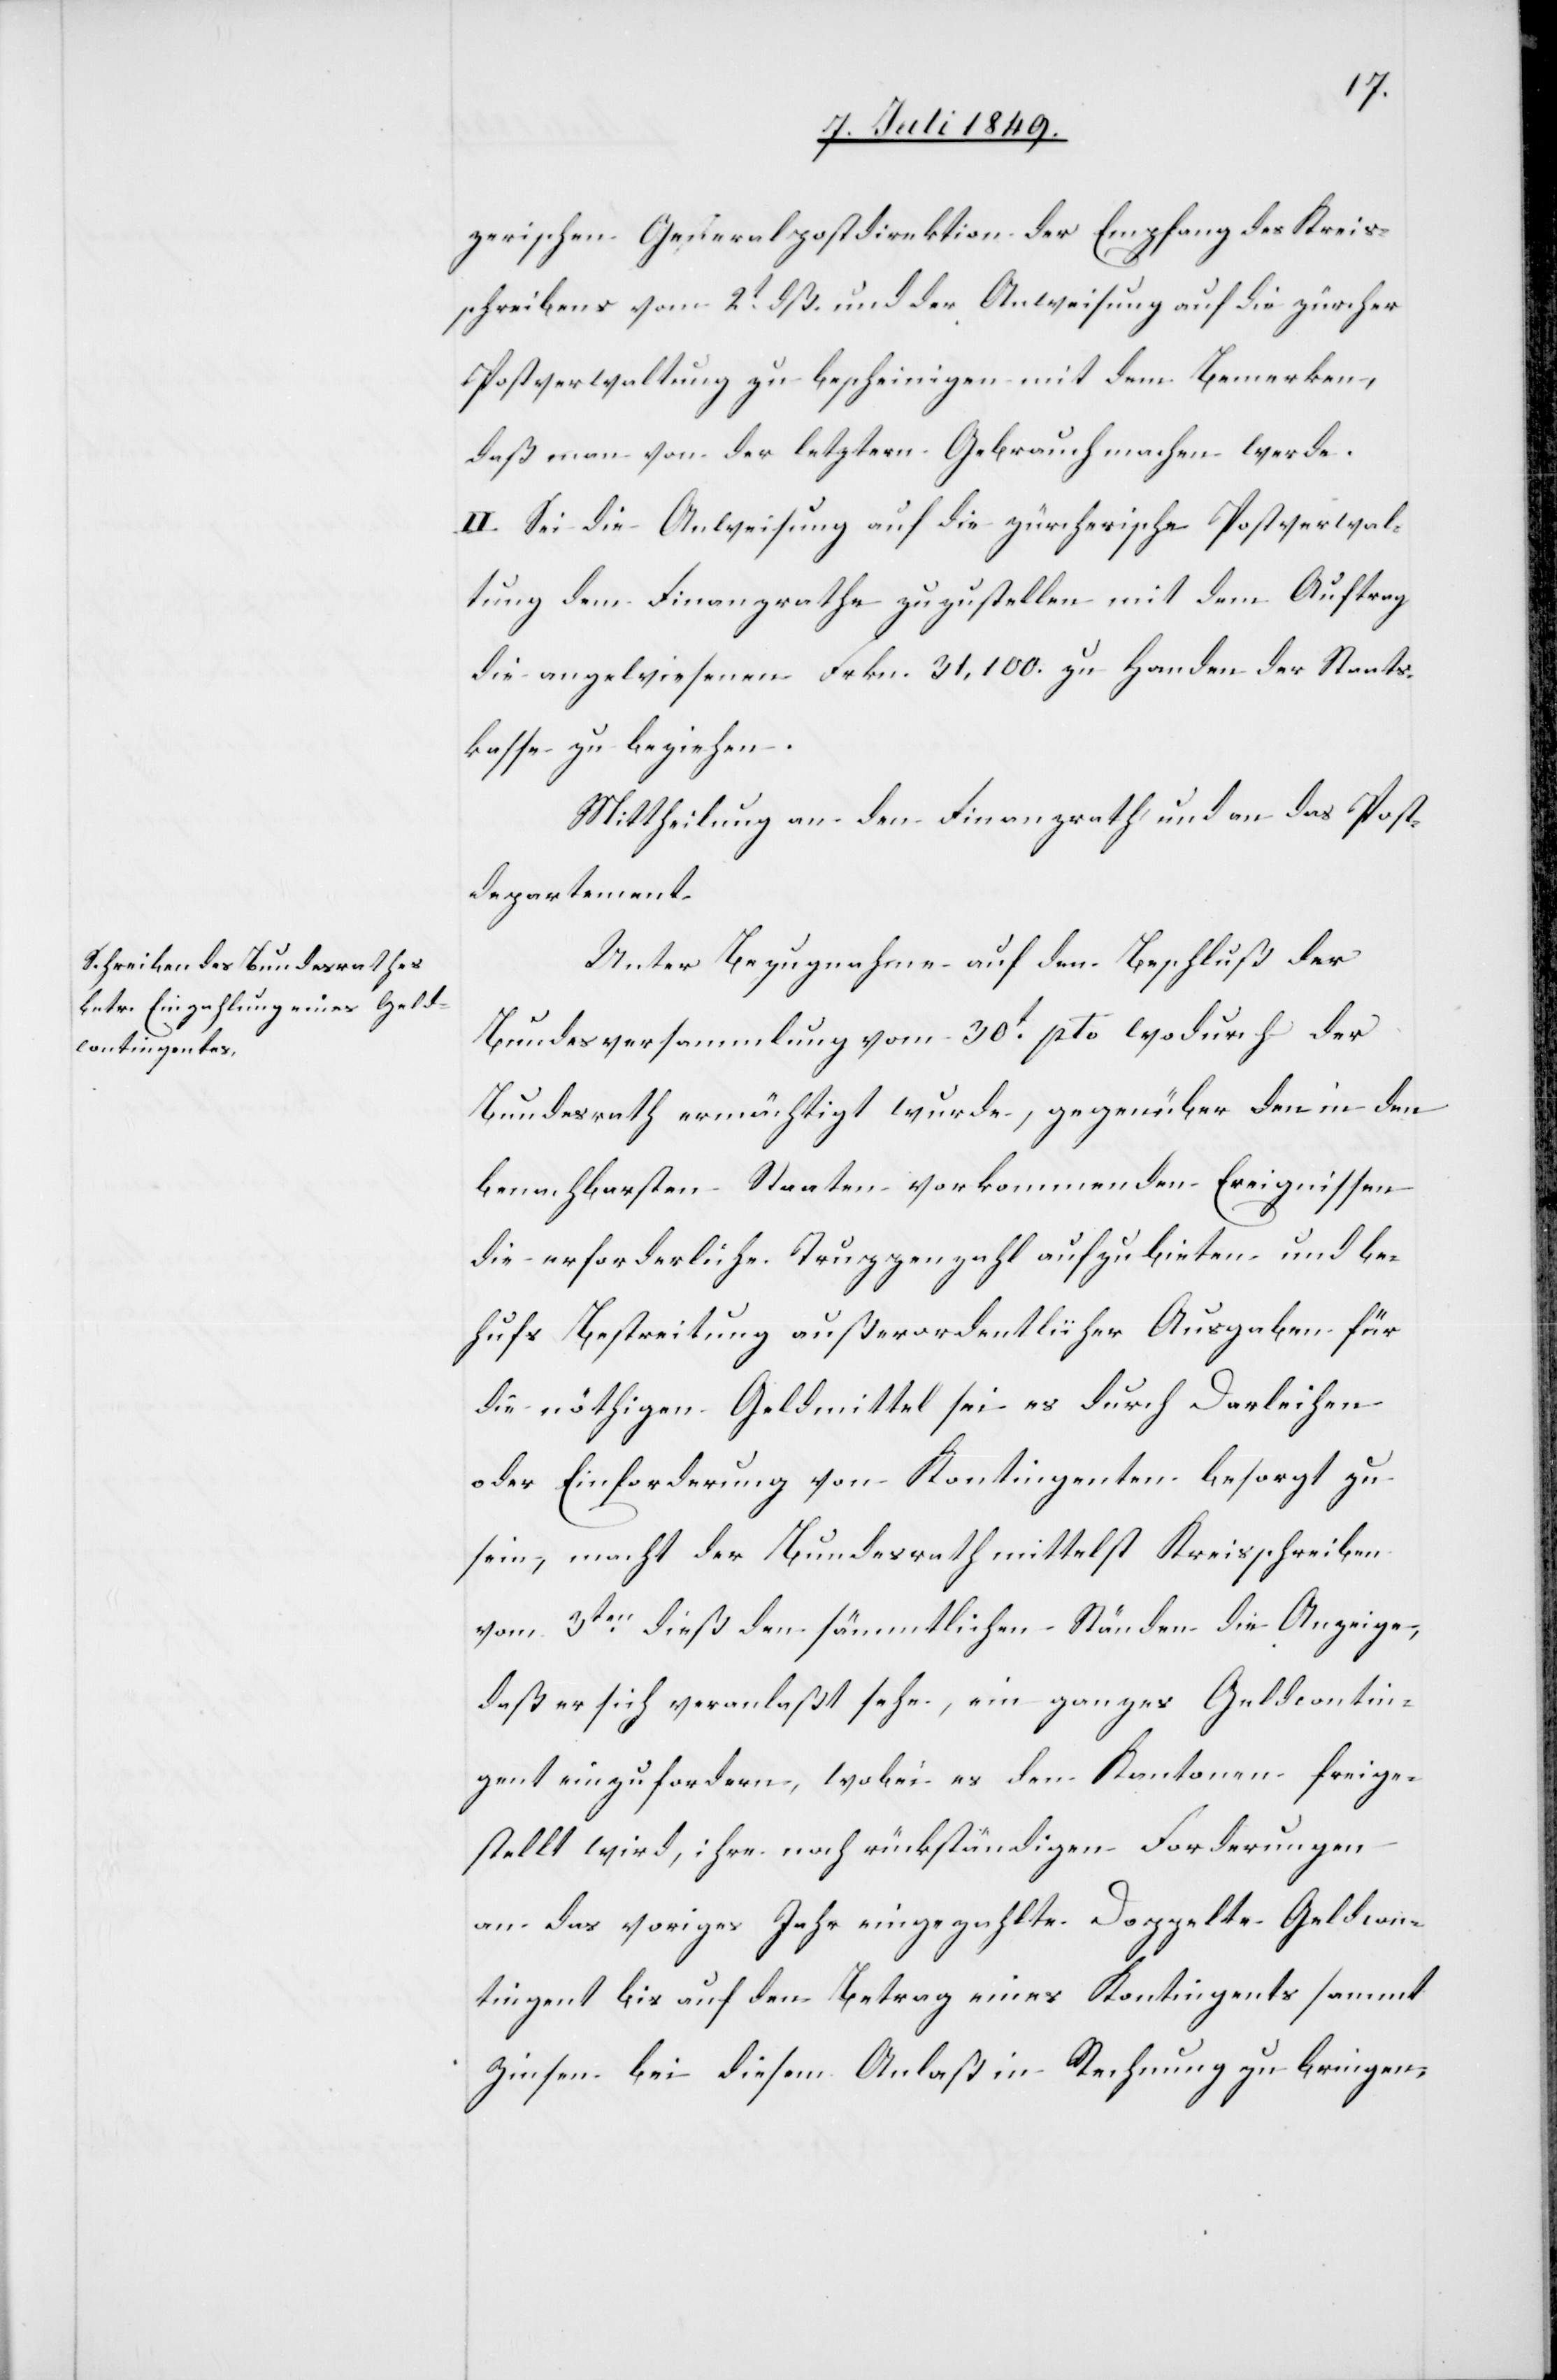
zerischen Generalpostdirektion der Empfang des Kreis¬
schreibens vom 2t dß. und der Anweisung auf die zürcher
Postverwaltung zu bescheinigen mit dem Bemerken,
daß man von der letztern Gebrauch machen werde.
II. Sei die Anweisung auf die zürcherische Postverwal¬
tung dem Finanzrathe zuzustellen mit dem Auftrag
die angewiesenen Frkn. 31,100. zu Handen der Staats¬
kasse zu beziehen.
Mittheilung an den Finanzrath und an das Post¬
departement.
Unter Bezugnahme auf den Beschluß der
Bundesversammlung vom 30t pto. wodurch der
Bundesrath ermächtigt wurde, gegenüber den in den
benachbarsten [sic!] Staaten vorkommenden Ereignissen
die erforderliche Truppenzahl aufzubieten und be¬
hufs Bestreitung außerordentlicher Ausgaben für
die nöthigen Geldmittel sei es durch Darleihen
oder Einforderung vom Kontingenten besorgt zu
sein, macht der Bundesrath mittelst Kreisschreiben
vom 3ten dieß den sämmtlichen Ständen die Anzeige,
daß er sich veranlaßt sehe, ein ganzes Geldcontin¬
gent einzufordern, wobei es den Kantonen freige¬
stellt wird, ihre noch rückständigen Forderungen
an das voriges Jahr eingezahlte Doppelte Geldcon¬
tingent bis auf den Betrag eines Kontingents sammt
Zinsen bei diesem Anlaß in Rechnung zu bringen,